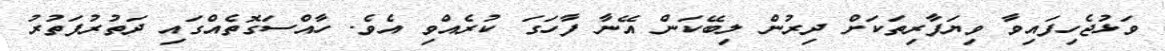
ވަޅުޖެހިފައިވާ ވިޔަފާރިތަކަށް ދިރުން ލިބޭކަން އޭނާ ފާހަގަ ކުރެއްވި އެވެ. ހާއްސަގޮތެއްގައި ދަތުރުފަތުރު